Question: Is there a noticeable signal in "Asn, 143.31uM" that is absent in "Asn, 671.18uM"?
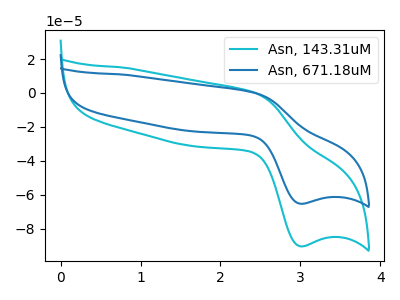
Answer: <think>The cyan curve "Asn, 143.31uM" has an anodic peak at (2.45V, 0.05uA) and a cathodic peak at (3.00V, -90.35uA). The blue curve "Asn, 671.18uM" has an anodic peak at (2.45V, 0.05uA) and a cathodic peak at (3.00V, -65.25uA).
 All the peaks in "Asn, 143.31uM" have a peak in "Asn, 671.18uM" at the same potential. Every peak in "Asn, 143.31uM" is higher than every peak in "Asn, 671.18uM".</think>
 <answer>No, "Asn, 143.31uM" and "Asn, 671.18uM" don't appear to be significantly different in shape</answer>
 <eval>no_change</eval>